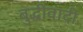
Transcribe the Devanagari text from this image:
बुद्धीवादी